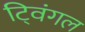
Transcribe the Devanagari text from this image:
ट्विंगल